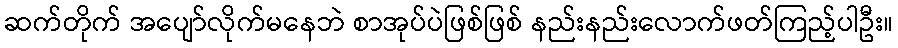
ဆက်တိုက် အပျော်လိုက်မနေဘဲ စာအုပ်ပဲဖြစ်ဖြစ် နည်းနည်းလောက်ဖတ်ကြည့်ပါဦး။